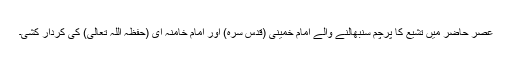
عصر حاضر میں تشیّع کا پرچم سنبھالنے والے امام خمینی (قدس سرہ) اور امام خامنہ ای (حفظہ اللہ تعالی) کی کردار کشی۔